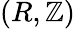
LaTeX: (R,\mathbb{Z})